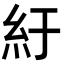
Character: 紆